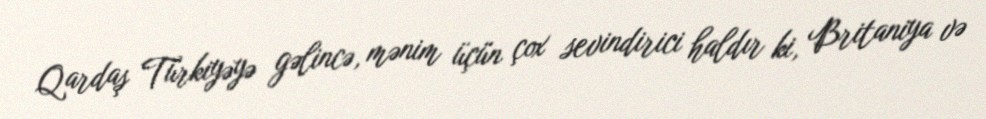
Qardaş Türkiyəyə gəlincə, mənim üçün çox sevindirici haldır ki, Britaniya və